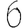
Digit: 6